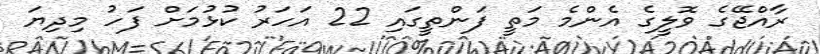
ރާއްޖޭގެ ވޮލީގެ އެންމެ މަތީ ފަންތީގައި 22 އަހަރު ކުޅުމަށް ފަހު މިދިޔަ